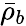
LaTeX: \bar{\rho}_{b}